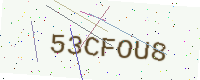
Text: 53CFOU8